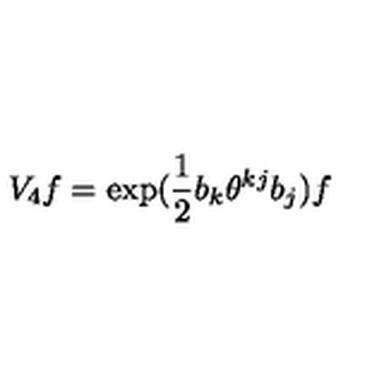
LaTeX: V _ { 4 } f = \exp ( \frac { 1 } { 2 } b _ { k } \theta ^ { k j } b _ { j } ) f